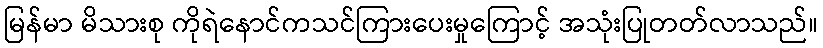
မြန်မာ မိသားစု ကိုရဲနောင်ကသင်ကြားပေးမှုကြောင့် အသုံးပြုတတ်လာသည်။